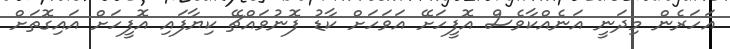
އަހަރެން މިދަނީ އަނެއްކާވެސް އޮފީހަށޭ އަވަހަށް ކާޑު ފޮނުވައްޗޭ ކިޔާފައި އޮފީހަށް އައިގޮތަށް